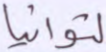
لتوانيا